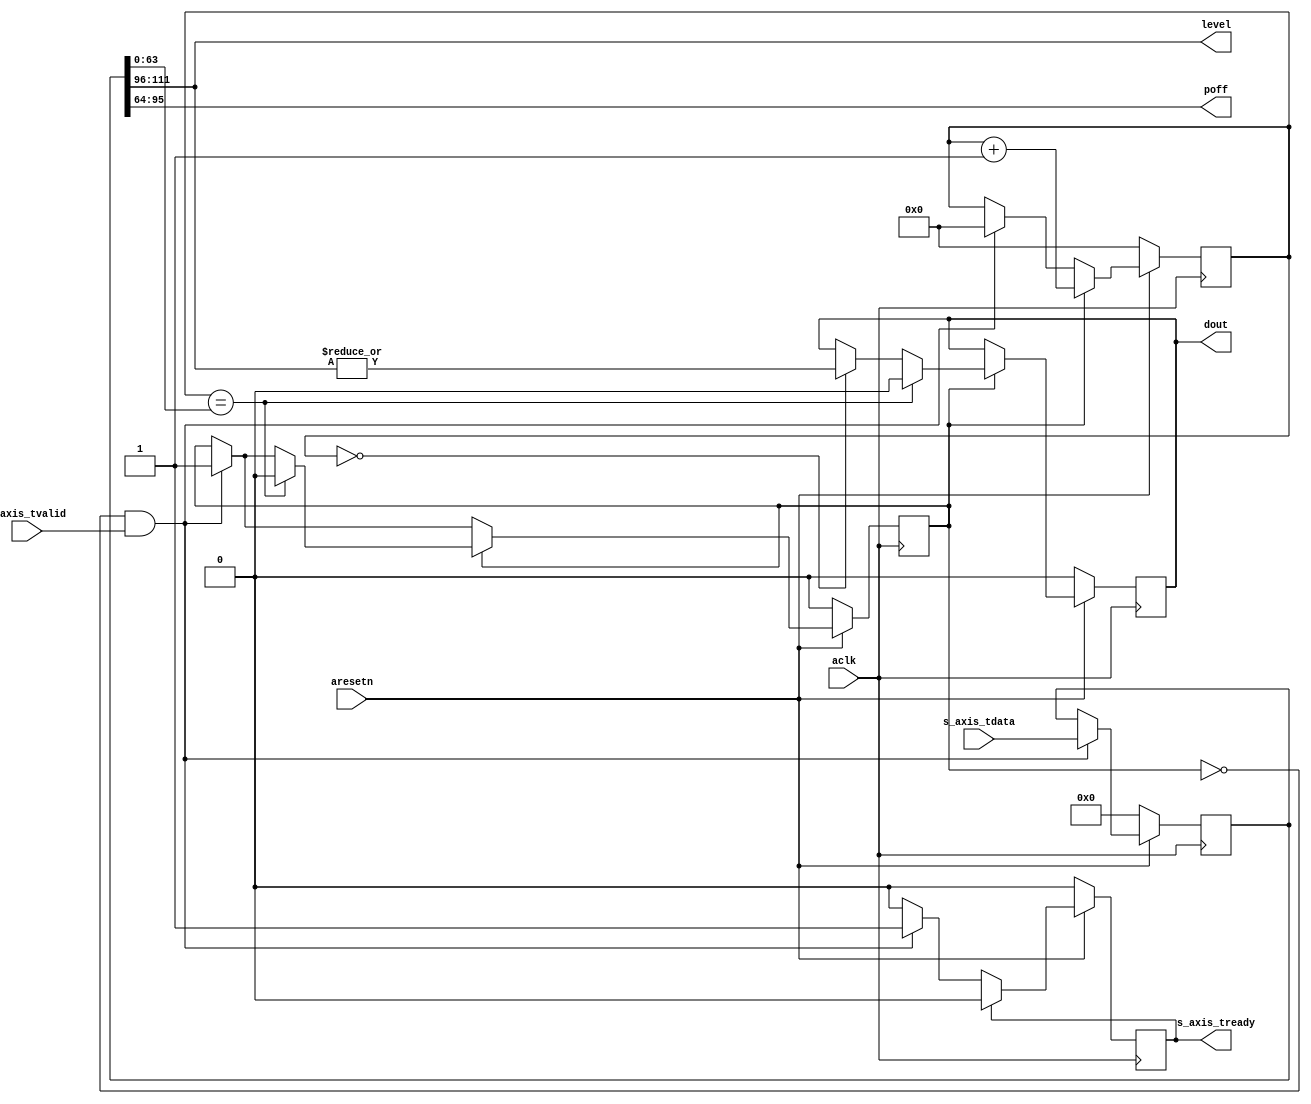
module axis_gate_controller
(
  input  wire         aclk,
  input  wire         aresetn,

  // Slave side
  output wire         s_axis_tready,
  input  wire [127:0] s_axis_tdata,
  input  wire         s_axis_tvalid,

  output wire [31:0]  poff,
  output wire [15:0]  level,
  output wire         dout
);

  reg int_tready_reg, int_tready_next;
  reg int_dout_reg, int_dout_next;
  reg int_enbl_reg, int_enbl_next;
  reg [63:0] int_cntr_reg, int_cntr_next;
  reg [127:0] int_data_reg, int_data_next;

  always @(posedge aclk)
  begin
    if(~aresetn)
    begin
      int_tready_reg <= 1'b0;
      int_dout_reg <= 1'b0;
      int_enbl_reg <= 1'b0;
      int_cntr_reg <= 64'd0;
      int_data_reg <= 128'd0;
    end
    else
    begin
      int_tready_reg <= int_tready_next;
      int_dout_reg <= int_dout_next;
      int_enbl_reg <= int_enbl_next;
      int_cntr_reg <= int_cntr_next;
      int_data_reg <= int_data_next;
    end
  end

  always @*
  begin
    int_tready_next = int_tready_reg;
    int_dout_next = int_dout_reg;
    int_enbl_next = int_enbl_reg;
    int_cntr_next = int_cntr_reg;
    int_data_next = int_data_reg;

    if(~int_enbl_reg & s_axis_tvalid)
    begin
      int_tready_next = 1'b1;
      int_enbl_next = 1'b1;
      int_cntr_next = 64'd0;
      int_data_next = s_axis_tdata;
    end

    if(int_enbl_reg)
    begin
      int_cntr_next = int_cntr_reg + 1'b1;

      if(int_cntr_reg == 64'd0)
      begin
        int_dout_next = |int_data_reg[111:96];
      end

      if(int_cntr_reg == int_data_reg[63:0])
      begin
        int_dout_next = 1'b0;
        int_enbl_next = 1'b0;
      end
    end

    if(int_tready_reg)
    begin
      int_tready_next = 1'b0;
    end
  end

  assign s_axis_tready = int_tready_reg;
  assign poff = int_data_reg[95:64];
  assign level = int_data_reg[111:96];
  assign dout = int_dout_reg;

endmodule